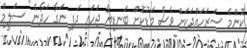
ކޮންމެ ސަރަހައްދަކަށް ވެސް މަޑުކޮށް ބަނޑިޔާ ޖަހައި ދަފި ނަގާ ހަދާނެ" ސަލީމް